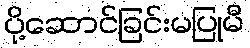
ပို့ဆောင်ခြင်းမပြုမီ